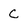
Character: C